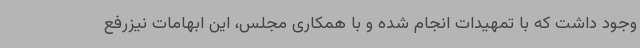
وجود داشت که با تمهیدات انجام شده و با همکاری مجلس، این ابهامات نیزرفع